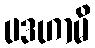
ပဒဟာမိ